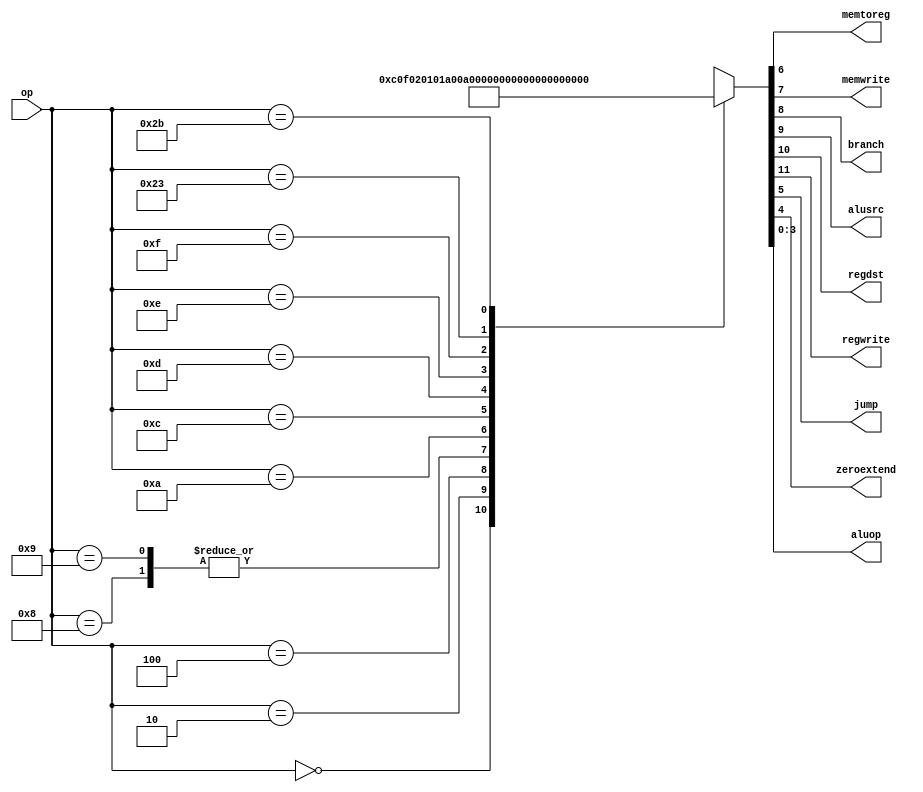
`timescale 1ns/1ps
module maindec(input  [5:0] op,
               output       memtoreg, memwrite,
               output       branch, alusrc,
               output       regdst, regwrite,
               output       jump,
					output 		 zeroextend,
               output [3:0] aluop);

  reg [11:0] controls;

  assign {regwrite, regdst, alusrc, branch, memwrite, memtoreg, jump, zeroextend, aluop} = controls;

  always @(*)
    case(op)
      6'b000000: controls = 12'b1_1_000000_1111; //Rtype
      6'b000010: controls = 12'b0_0_000010_0000; //J 
      6'b000100: controls = 12'b0_0_010000_0001; //BEQ
      6'b001000: controls = 12'b1_0_100000_0000; // ADDI
      6'b001001: controls = 12'b1_0_100000_0000; // ADDIU
      6'b001010: controls = 12'b1_0_100000_0010; // SLTI
      6'b001100: controls = 12'b1_0_100001_0100; // ANDI
      6'b001101: controls = 12'b1_0_100001_0101; // ORI
      6'b001110: controls = 12'b1_0_100001_0110; // XORI
      6'b001111: controls = 12'b1_0_100001_0111; // LUI
      6'b100011: controls = 12'b1_0_100100_0000; //LW
      6'b101011: controls = 12'b0_0_101000_0000; //SW
      default:   controls = 12'bxxxxxxxxx; //??? 
    endcase
endmodule